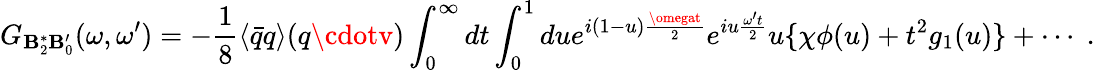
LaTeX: G_{\mathbf{B}_{2}^{*}\mathbf{B}_{0}^{\prime}}(\omega,\omega^{\prime})=-{\frac{{1}}{{8}}}\langle{\bar{{q}}}q\rangle(q\cdotv)\int_{0}^{\infty}dt\int_{0}^{1}due^{i(1-u){\frac{{\omegat}}{{2}}}}e^{iu{\frac{{\omega^{\prime}t}}{{2}}}}u\{ \chi\phi(u)+t^{2}g_{1}(u)\} +\cdots\; .